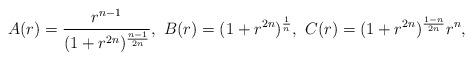
LaTeX: \begin{align*}A(r)=\frac{r^{n-1}}{(1+r^{2n})^{\frac{n-1}{2n}}}, \ B(r)=(1+r^{2n})^{\frac{1}{n}}, \ C(r)=(1+r^{2n})^{\frac{1-n}{2n}}r^{n},\end{align*}